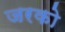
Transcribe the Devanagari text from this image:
जरको